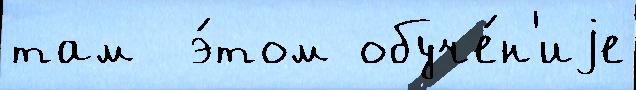
там  э́том обуче́н'иjе